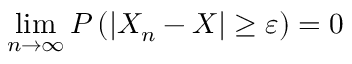
\operatorname* { l i m } _ { n \rightarrow \infty } P \left( \left| X _ { n } - X \right| \geq \varepsilon \right) = 0